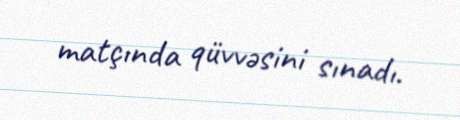
matçında qüvvəsini sınadı.